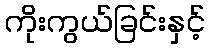
ကိုးကွယ်ခြင်းနှင့်